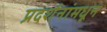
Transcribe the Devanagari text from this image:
प्रदर्शनांमधून